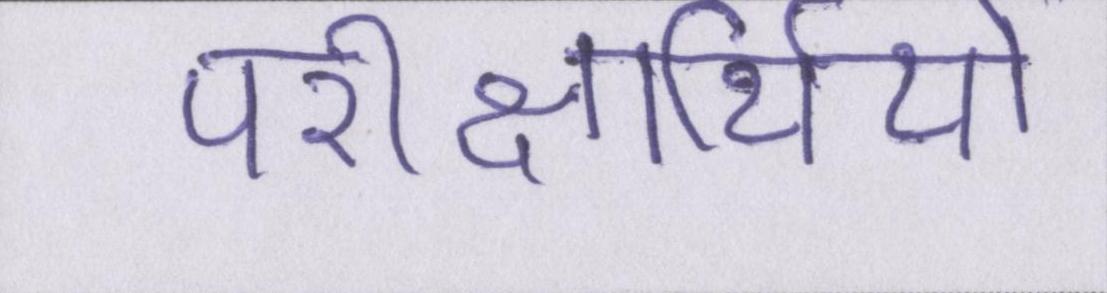
परीक्षार्थियों